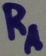
Text: RA